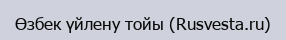
Өзбек үйлену тойы (Rusvesta.ru)